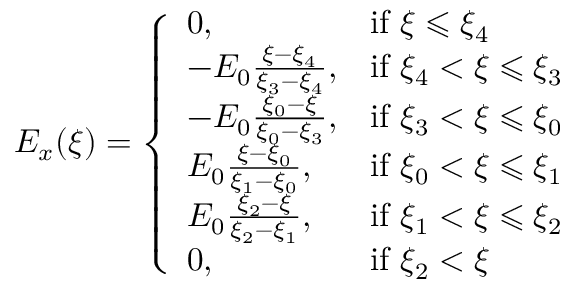
\begin{array} { r } { E _ { x } ( \xi ) = \left\{ \begin{array} { l l } { 0 , } & { \mathrm { i f ~ } \xi \leqslant \xi _ { 4 } } \\ { - E _ { 0 } \frac { \xi - \xi _ { 4 } } { \xi _ { 3 } - \xi _ { 4 } } , } & { \mathrm { i f ~ } \xi _ { 4 } < \xi \leqslant \xi _ { 3 } } \\ { - E _ { 0 } \frac { \xi _ { 0 } - \xi } { \xi _ { 0 } - \xi _ { 3 } } , } & { \mathrm { i f ~ } \xi _ { 3 } < \xi \leqslant \xi _ { 0 } } \\ { E _ { 0 } \frac { \xi - \xi _ { 0 } } { \xi _ { 1 } - \xi _ { 0 } } , } & { \mathrm { i f ~ } \xi _ { 0 } < \xi \leqslant \xi _ { 1 } } \\ { E _ { 0 } \frac { \xi _ { 2 } - \xi } { \xi _ { 2 } - \xi _ { 1 } } , } & { \mathrm { i f ~ } \xi _ { 1 } < \xi \leqslant \xi _ { 2 } } \\ { 0 , } & { \mathrm { i f ~ } \xi _ { 2 } < \xi } \end{array} \right. } \end{array}